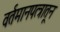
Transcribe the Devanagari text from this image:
वर्तमानपत्त्रातून